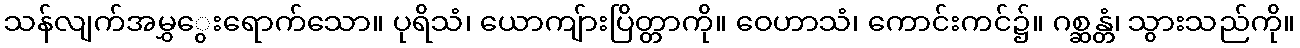
သန်လျက်အမွှွေးရောက်သော။ ပုရိသံ၊ ယောကျ်ားပြိတ္တာကို။ ဝေဟာသံ၊ ကောင်းကင်၌။ ဂစ္ဆန္တံ၊ သွားသည်ကို။